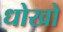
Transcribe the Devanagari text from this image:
धोखो